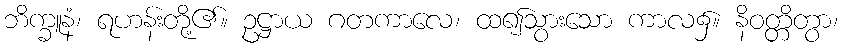
ဘိက္ခူနံ၊ ရဟန်းတို့၏။ ဥဋ္ဌာယ ဂတကာလေ၊ ထ၍သွားသော ကာလ၌။ နိဝတ္တိတွာ၊